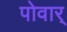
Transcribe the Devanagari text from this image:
पोवार्